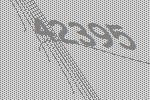
42395